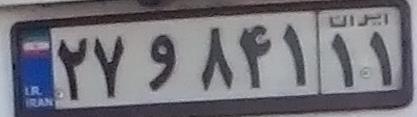
۲۷و۸۴۱۱۱